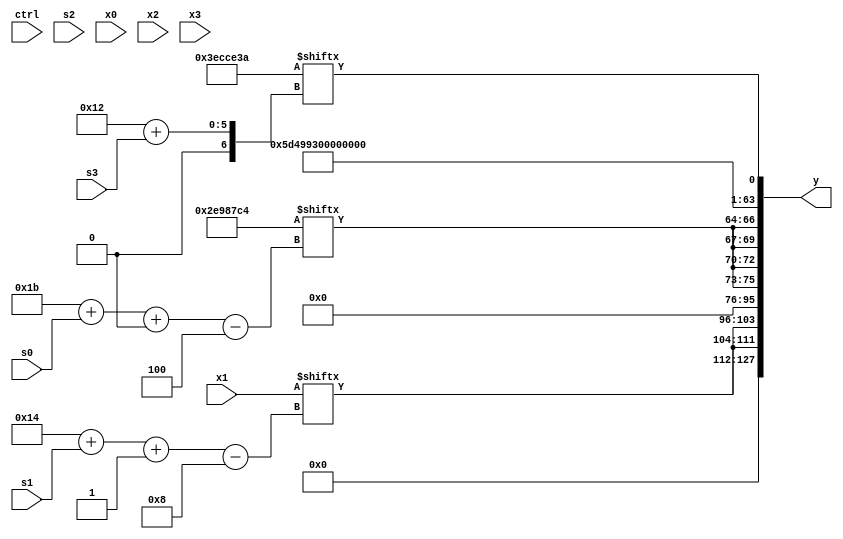
module partsel_00653(ctrl, s0, s1, s2, s3, x0, x1, x2, x3, y);
  input [3:0] ctrl;
  input [2:0] s0;
  input [2:0] s1;
  input [2:0] s2;
  input [2:0] s3;
  input [31:0] x0;
  input [31:0] x1;
  input [31:0] x2;
  input signed [31:0] x3;
  wire signed [27:1] x4;
  wire [28:3] x5;
  wire signed [6:24] x6;
  wire signed [3:25] x7;
  wire [28:2] x8;
  wire signed [27:5] x9;
  wire [4:31] x10;
  wire [6:30] x11;
  wire [6:26] x12;
  wire [1:30] x13;
  wire signed [30:4] x14;
  wire [6:28] x15;
  output [127:0] y;
  wire signed [31:0] y0;
  wire [31:0] y1;
  wire signed [31:0] y2;
  wire [31:0] y3;
  assign y = {y0,y1,y2,y3};
  localparam signed [29:4] p0 = 719947716;
  localparam signed [31:6] p1 = 882864496;
  localparam signed [25:0] p2 = 200068666;
  localparam [3:26] p3 = 733647654;
  assign x4 = (ctrl[3] || ctrl[3] && !ctrl[0] ? (ctrl[1] && !ctrl[0] && !ctrl[1] ? x1[19 + s2 +: 1] : (p1[14 +: 3] & {(!ctrl[2] || ctrl[0] || !ctrl[1] ? x1[9 + s1 +: 3] : (((x2[14 + s0 -: 2] - (p0[0 + s1 -: 4] + p3)) | (x2[7 + s1 -: 5] - (p2 - (x1 & (p0[18 + s3] + x2[8 + s0 +: 4]))))) - (p2 + p0[17 +: 1]))), (p3[6 + s0] | x2[21])})) : ({p0[14 + s2], (x1[5 + s3] - (!ctrl[3] || ctrl[0] || ctrl[2] ? (p0 - x3[19 + s2 -: 6]) : x3[24 + s3 -: 3]))} - x1[7 + s1 -: 7]));
  assign x5 = p0[13 +: 4];
  assign x6 = ((!ctrl[1] && ctrl[2] || ctrl[0] ? p2[0 + s3 +: 2] : p3[7 + s1 +: 8]) & {2{p2[9 + s0]}});
  assign x7 = (((!ctrl[2] || !ctrl[3] || !ctrl[3] ? (ctrl[0] || !ctrl[3] || ctrl[2] ? {p2[19 + s2 +: 2], x2[24 + s0 -: 5]} : p2) : p3[10]) + (p2 | (x1[15 + s3 -: 6] ^ (!ctrl[0] || !ctrl[0] || ctrl[1] ? x3 : p0[9])))) - x2);
  assign x8 = p2[21 -: 3];
  assign x9 = ((ctrl[3] && ctrl[2] && !ctrl[0] ? {2{(p0[10] ^ {x3, x3[27 + s2 -: 1]})}} : x7[6 + s0]) & x3[5 + s0]);
  assign x10 = x4[0 + s0 -: 4];
  assign x11 = p1;
  assign x12 = {2{p0[21 + s1 +: 3]}};
  assign x13 = x11[16 + s2];
  assign x14 = p1;
  assign x15 = p1[6 + s0];
  assign y0 = {2{x1[20 + s1 -: 8]}};
  assign y1 = {2{{2{p0[27 + s0 +: 3]}}}};
  assign y2 = p3;
  assign y3 = p2[18 + s3];
endmodule